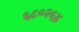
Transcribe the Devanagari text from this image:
६८०२६४